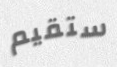
ستقيم